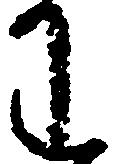
わ